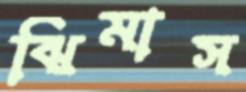
ঝিমাস